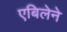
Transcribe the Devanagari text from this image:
एबिलेने